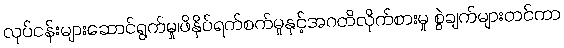
လုပ်ငန်းများဆောင်ရွက်မှု၊ဖိနှိပ်ရက်စက်မှုနှင့်အဂတိလိုက်စားမှု စွဲချက်များတင်ကာ